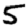
Digit: 5